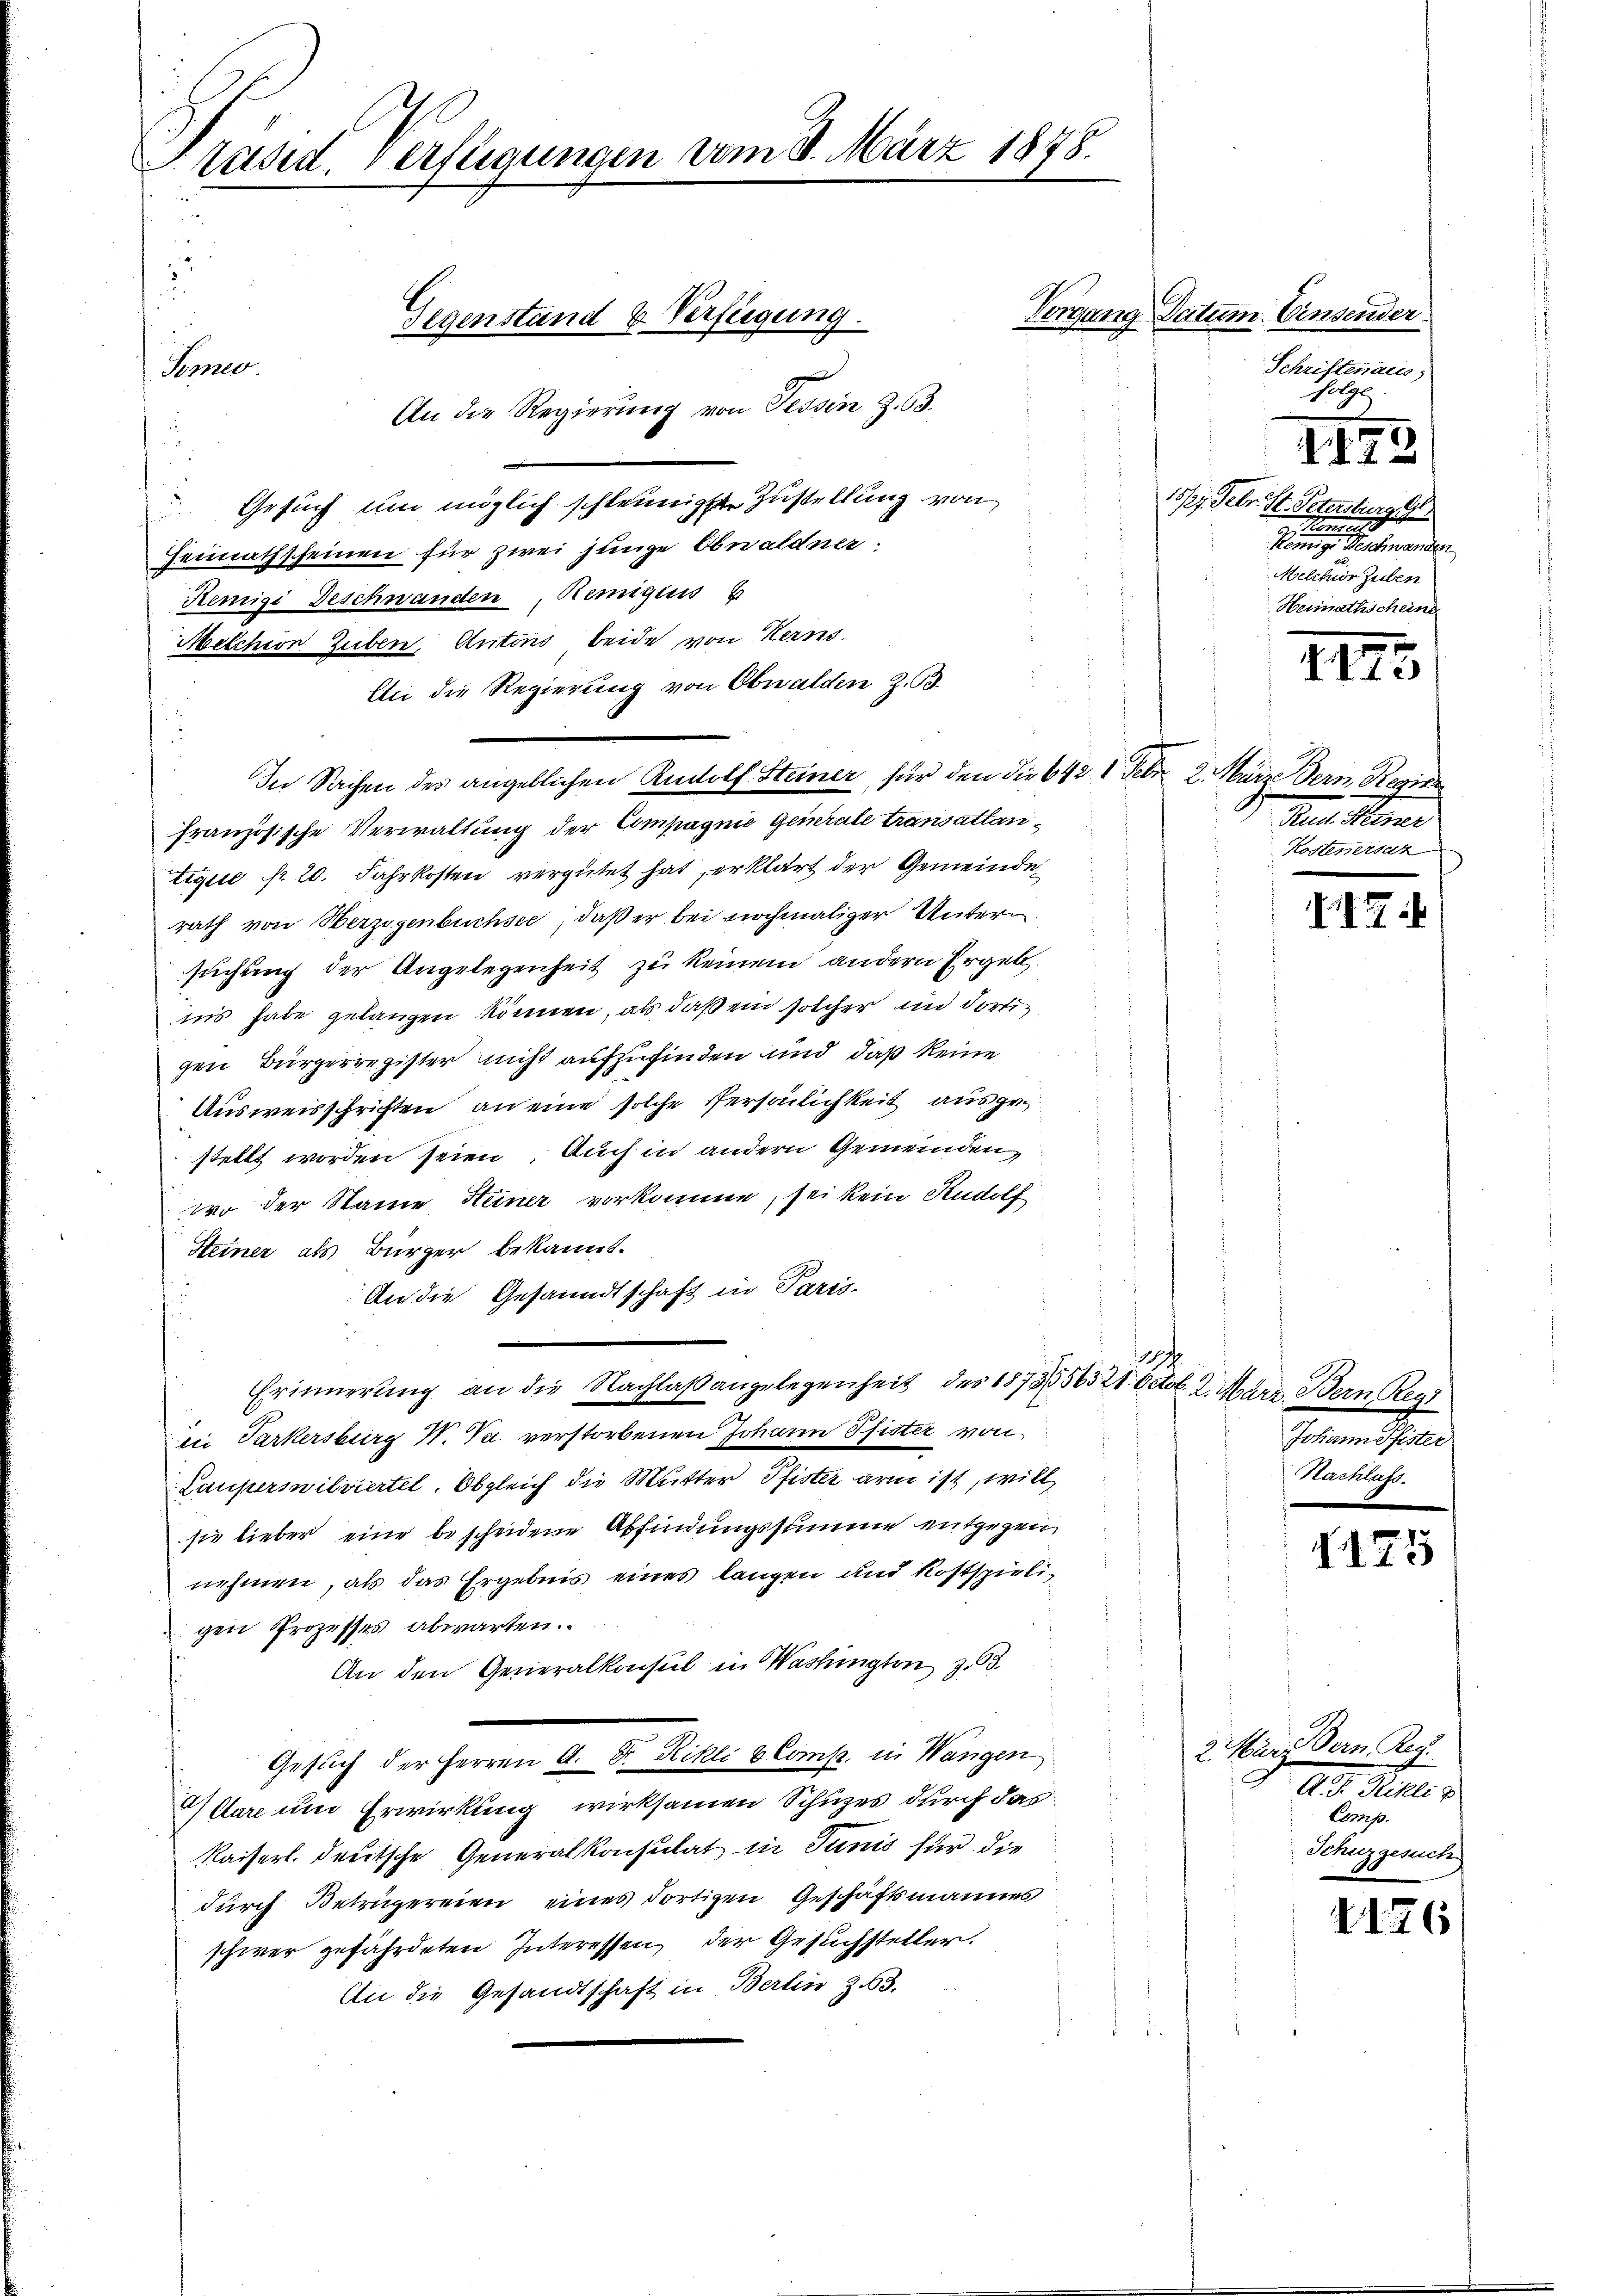
Präsid Verfügungen vom 8. März 1875.
22
Gegenstand & Verfügung.
Somed.
An die Regierung von Tessin Z. 63.

Gesuch um möglich schleunigste Zustellung von
Heimathscheinen für zwei junge Obwaldner.
Remigi Beschwanden, Remigen
Melchion Zuben, Antons beide von Kerns
An die Regierung von Obwalden z. B.
französische Verwaltung der Compagnie Generale transattantique pr 20. Jahrkosten vergütet hat erklärt der Gemeinde
rath von Herzogenbuchsee, daß er bei nochmaliger Untersuchung der Angelegenheit zu keinem andern Ergeb
ins habe gelangen können, als daß ein solcher in dortigen Bürgerregister nicht aufzufinden und daß keine
Ausweisschriften, an eine solche Persönlichkeit ausgestellt worden seien. Auch in andern Gemeinden
wo der Name Heiner vorkomme, sei kein Rudolf
Steiner als Bürger bekannt.
An die Gesandtschaft in Paris-
114
Erinnerung an die Nachlaßangelegenheit des 1873556321. Octob. 2. März, Bern Reg
in Parkersburg N. V. verstorbenen Johann Pfister von
Paupermilviertel. Obgleich die Mutter Pfister arm ist, will
sie lieber eine bescheidene Abfindungssumme entgegen
nehmen, als das Ergebnis eines langen und Kostspieligen Prozesses abwarten.
An den Generalkonsul in Washington z. B.
Gesuch der Herren A. Dr. Rikli & Comp. in Wangen
AClare um Erwirkung wirksamen Schuzes durch das
Kaiserl. deutsche Generalkonsulat, in Junis für die
durch Betrügereien eines dortigen Geschäftsmannes
schwer gefährdeten Interessen, der Gesuchsteller.
An die Gesandtschaft in Berlin. Z. 63.

In Sachen des angeblichen Rudolf Steiner für den die 642 1 Feber 2. März dern Regier

Vorgang Datum. Einsender

Schriftenaus
folge

XI 2

.

15/27. Febr. St. Petersburg Ge
eomete
Remige Beschwanden
Melcher Zuben
Heimathschein

III

Den Mome
Kostensar

I42:

Johanne fister
Nachlass.

1175

2 März dern Reg
And. Sie
Comp.
Schuzgesuch

2176